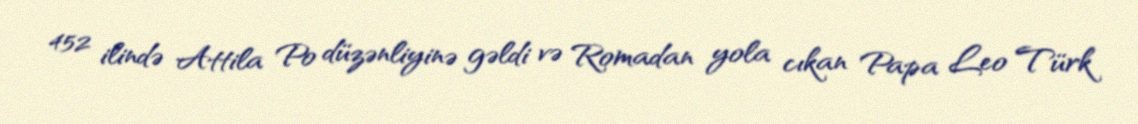
452 ilində Attila Po düzənliyinə gəldi və Romadan yola cıkan Papa Leo Türk